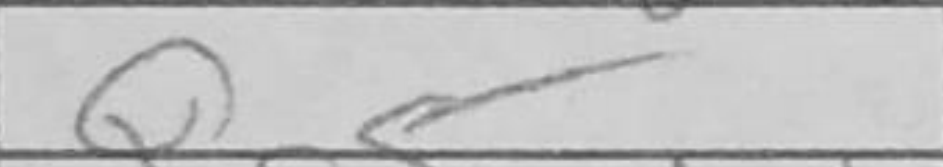
Transcription: Qg5